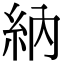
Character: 納